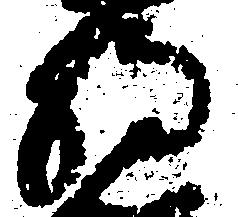
将